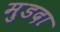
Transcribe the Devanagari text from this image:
मुडदा